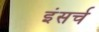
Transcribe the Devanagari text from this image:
इंसर्च